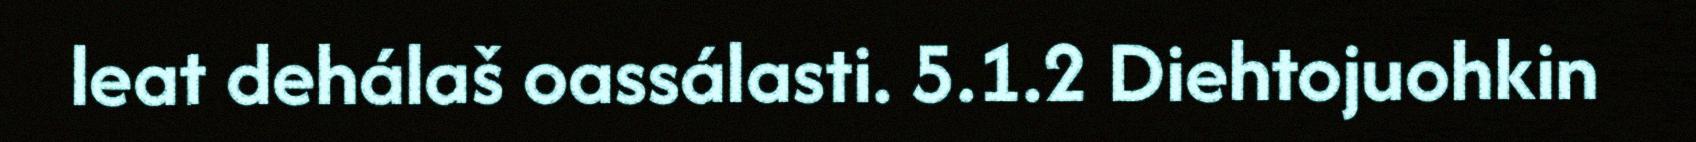
leat dehálaš oassálasti. 5.1.2 Diehtojuohkin